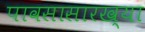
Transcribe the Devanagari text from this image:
पावसासारख्या